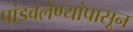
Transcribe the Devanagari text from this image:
पांडवलेण्यांपासून